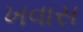
ખવાસ